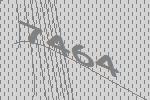
7464